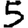
Digit: 5